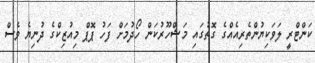
ކަންޓްރީ ލަވަކިޔުންތެރިއެއްގެ ގޮތުގައި މަޝްހޫރުކަން ހޯދުމަށް ފަހު ޕޮޕް މިއުޒިކްގެ ދުނިޔެ ވެސް